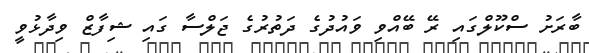
ބާރަށު ސްކޫލްގައި ރޭ ބޭއްވި ވައުދުގެ ދަތުރުގެ ޖަލްސާ ގައި ޝިފާޒް ވިދާޅުވީ